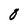
Character: 0